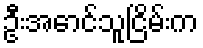
ဦးအောင်သူငြိမ်းက